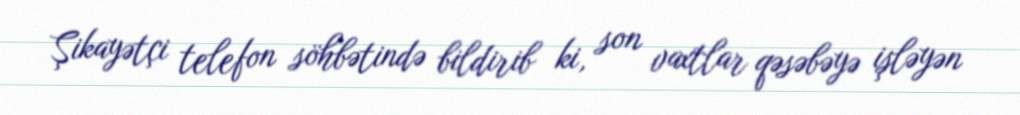
Şikayətçi telefon söhbətində bildirib ki, son vaxtlar qəsəbəyə işləyən